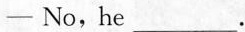
—— No, he ___ .